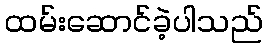
ထမ်းဆောင်ခဲ့ပါသည်